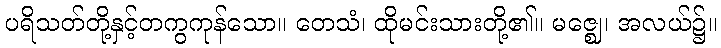
ပရိသတ်တို့နှင့်တကွကုန်သော။ တေသံ၊ ထိုမင်းသားတို့၏။ မဇ္ဈေ၊ အလယ်၌။